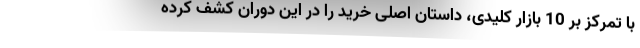
با تمرکز بر 10 بازار کلیدی، داستان اصلی خرید را در این دوران کشف کرده